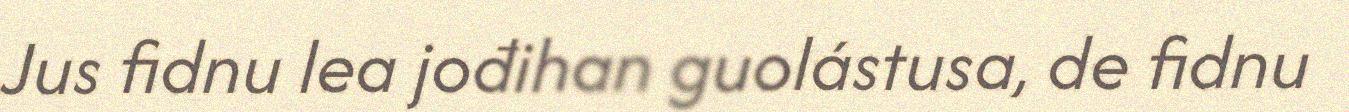
Jus fidnu lea jođihan guolástusa, de fidnu